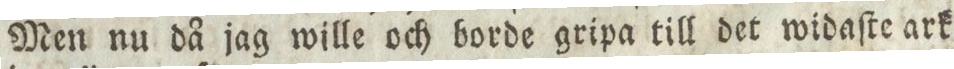
Men nu då jag wille och borde gripa till det widaſte ark